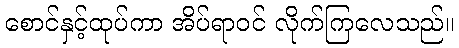
စောင်နှင့်ထုပ်ကာ အိပ်ရာဝင် လိုက်ကြလေသည်။